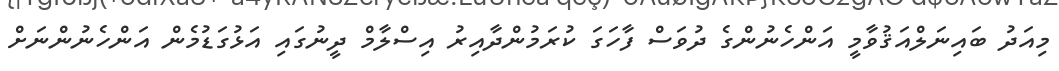
މިއަދު ބައިނަލްއަޤުވާމީ އަންހެނުންގެ ދުވަސް ފާހަގަ ކުރަމުންދާއިރު އިސްލާމް ދީނުގައި އަޅުގަޑުމެން އަންހެނުންނަށް